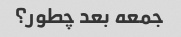
جمعه بعد چطور؟